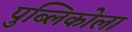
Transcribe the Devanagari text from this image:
पुब्लिकोला